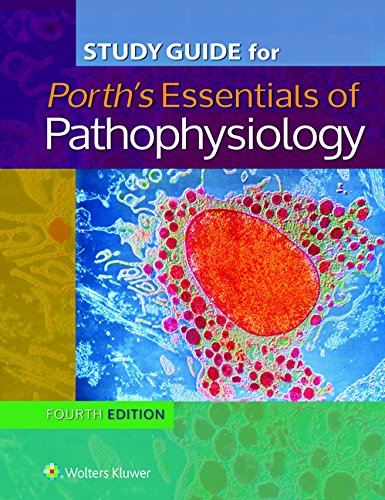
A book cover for Study Guide for Essentials of Pathophysiology: Concepts of Altered States; Brian Kipp PhD; Medical Books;